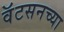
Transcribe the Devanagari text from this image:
वॅटसनच्या